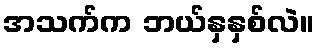
အသက်က ဘယ်နှနှစ်လဲ။